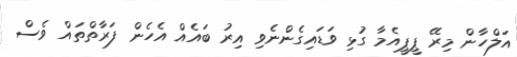
އަލްހާން މިރޭ ޕީޕީއެމާ ގުޅި ވަޑައިގެންނެވި އިރު ބައެއް އެހެން ފަރާތްތައް ވެސް